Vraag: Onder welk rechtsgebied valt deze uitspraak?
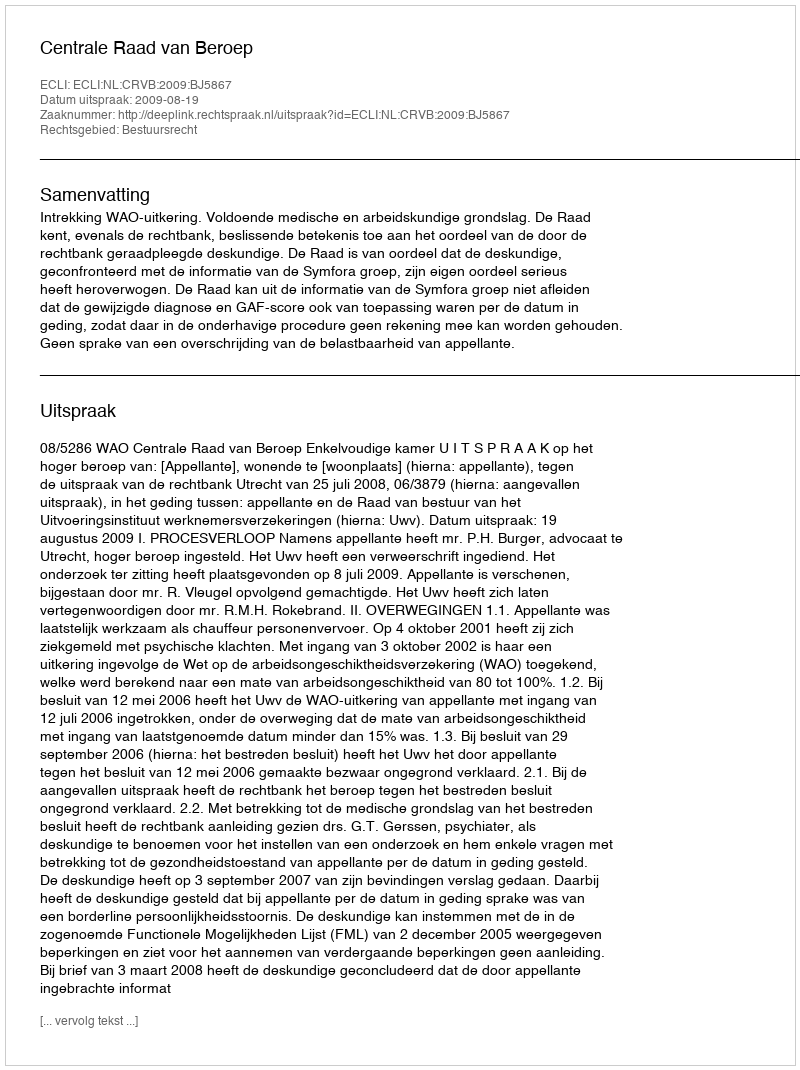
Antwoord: Bestuursrecht